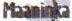
Maaninka